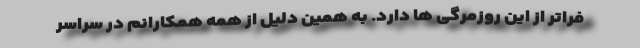
فراتر از این روزمرگی ها دارد. به همین دلیل از همه همکارانم در سراسر